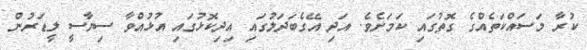
ކުރާ މަސައްކަތެއްގެ ގޮތުގައި ކަމަށެވެ. އަދި އޭގެބަދަލުގައި އިދިކޮޅުގައި އުޅުއްވާ ސިޔާސީ ލީޑަރުން